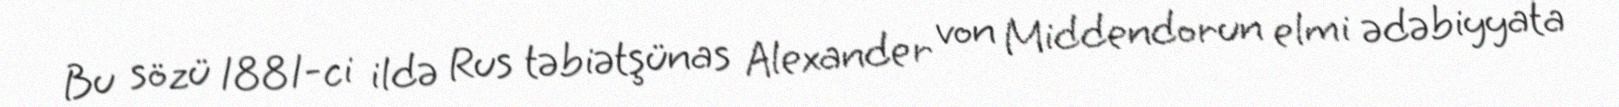
Bu sözü 1881-ci ildə Rus təbiətşünas Alexander von Middendorun elmi ədəbiyyata